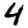
Digit: 4